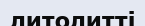
литолитті